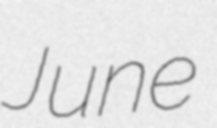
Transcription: June